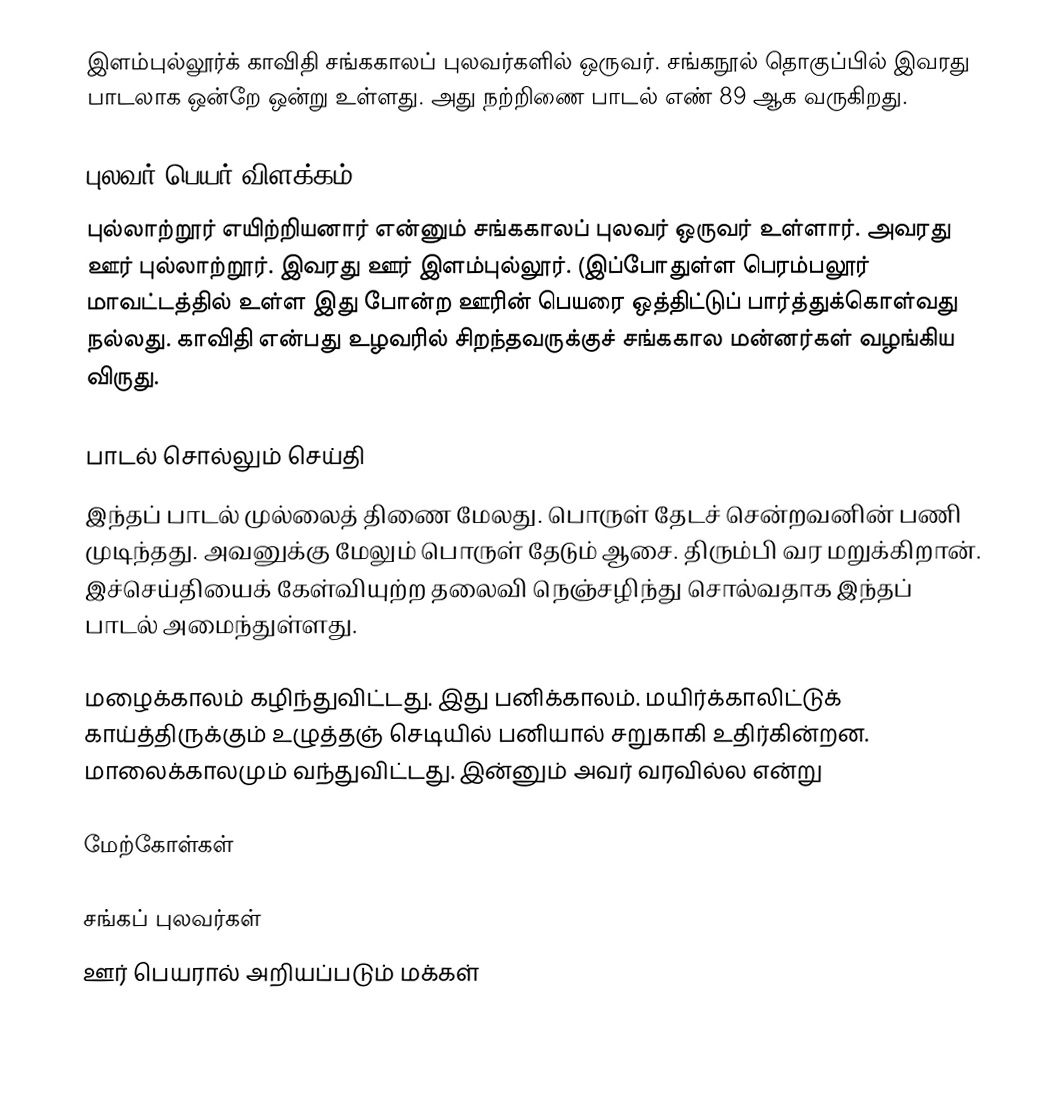
இளம்புல்லூர்க் காவிதி சங்ககாலப் புலவர்களில் ஒருவர். சங்கநூல் தொகுப்பில் இவரது பாடலாக ஒன்றே ஒன்று உள்ளது. அது நற்றிணை பாடல் எண் 89 ஆக வருகிறது.

புலவர் பெயர் விளக்கம்
புல்லாற்றூர் எயிற்றியனார் என்னும் சங்ககாலப் புலவர் ஒருவர் உள்ளார். அவரது ஊர் புல்லாற்றூர். இவரது ஊர் இளம்புல்லூர். (இப்போதுள்ள பெரம்பலூர் மாவட்டத்தில் உள்ள இது போன்ற ஊரின் பெயரை ஒத்திட்டுப் பார்த்துக்கொள்வது நல்லது. காவிதி என்பது உழவரில் சிறந்தவருக்குச் சங்ககால மன்னர்கள் வழங்கிய விருது.

பாடல் சொல்லும் செய்தி
இந்தப் பாடல் முல்லைத் திணை மேலது. பொருள் தேடச் சென்றவனின் பணி முடிந்தது. அவனுக்கு மேலும் பொருள் தேடும் ஆசை. திரும்பி வர மறுக்கிறான். இச்செய்தியைக் கேள்வியுற்ற தலைவி நெஞ்சழிந்து சொல்வதாக இந்தப் பாடல் அமைந்துள்ளது.

மழைக்காலம் கழிந்துவிட்டது. இது பனிக்காலம். மயிர்க்காலிட்டுக் காய்த்திருக்கும் உழுத்தஞ் செடியில் பனியால் சறுகாகி உதிர்கின்றன. மாலைக்காலமும் வந்துவிட்டது. இன்னும் அவர் வரவில்ல என்று

மேற்கோள்கள்

சங்கப் புலவர்கள்
ஊர் பெயரால் அறியப்படும் மக்கள்